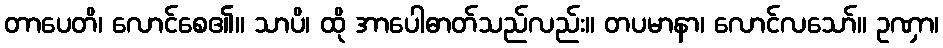
တာပေတိ၊ လောင်စေ၏။ သာပိ၊ ထို အာပေါဓာတ်သည်လည်း။ တပမာနာ၊ လောင်လသော်။ ဥဏှာ၊